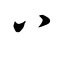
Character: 八